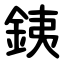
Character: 銕